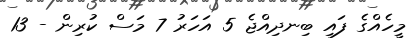
މީހެއްގެ ފައި ބިނދިއްޖެ 5 އަހަރު 7 މަސް ކުރިން - 13